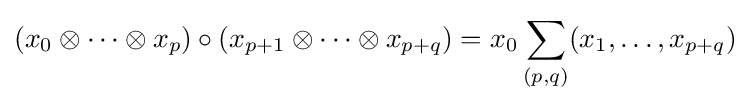
(x_{0}\otimes \cdots \otimes x_{p})\circ (x_{p+1}\otimes \cdots \otimes x_{p+q})=x_{0}\sum _{(p,q)}(x_{1},\ldots ,x_{p+q})